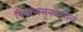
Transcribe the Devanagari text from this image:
विभ्राणसृक्कपालं